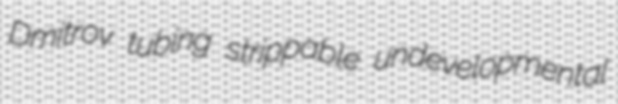
Dmitrov tubing strippable undevelopmental